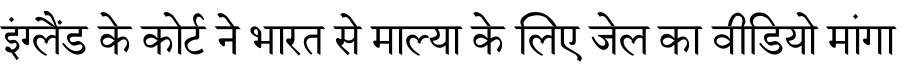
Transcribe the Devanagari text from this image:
इंग्लैंड के कोर्ट ने भारत से माल्या के लिए जेल का वीडियो मांगा